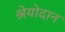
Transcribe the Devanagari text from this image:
श्रेयोदान